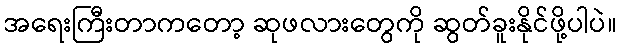
အရေးကြီးတာကတော့ ဆုဖလားတွေကို ဆွတ်ခူးနိုင်ဖို့ပါပဲ။